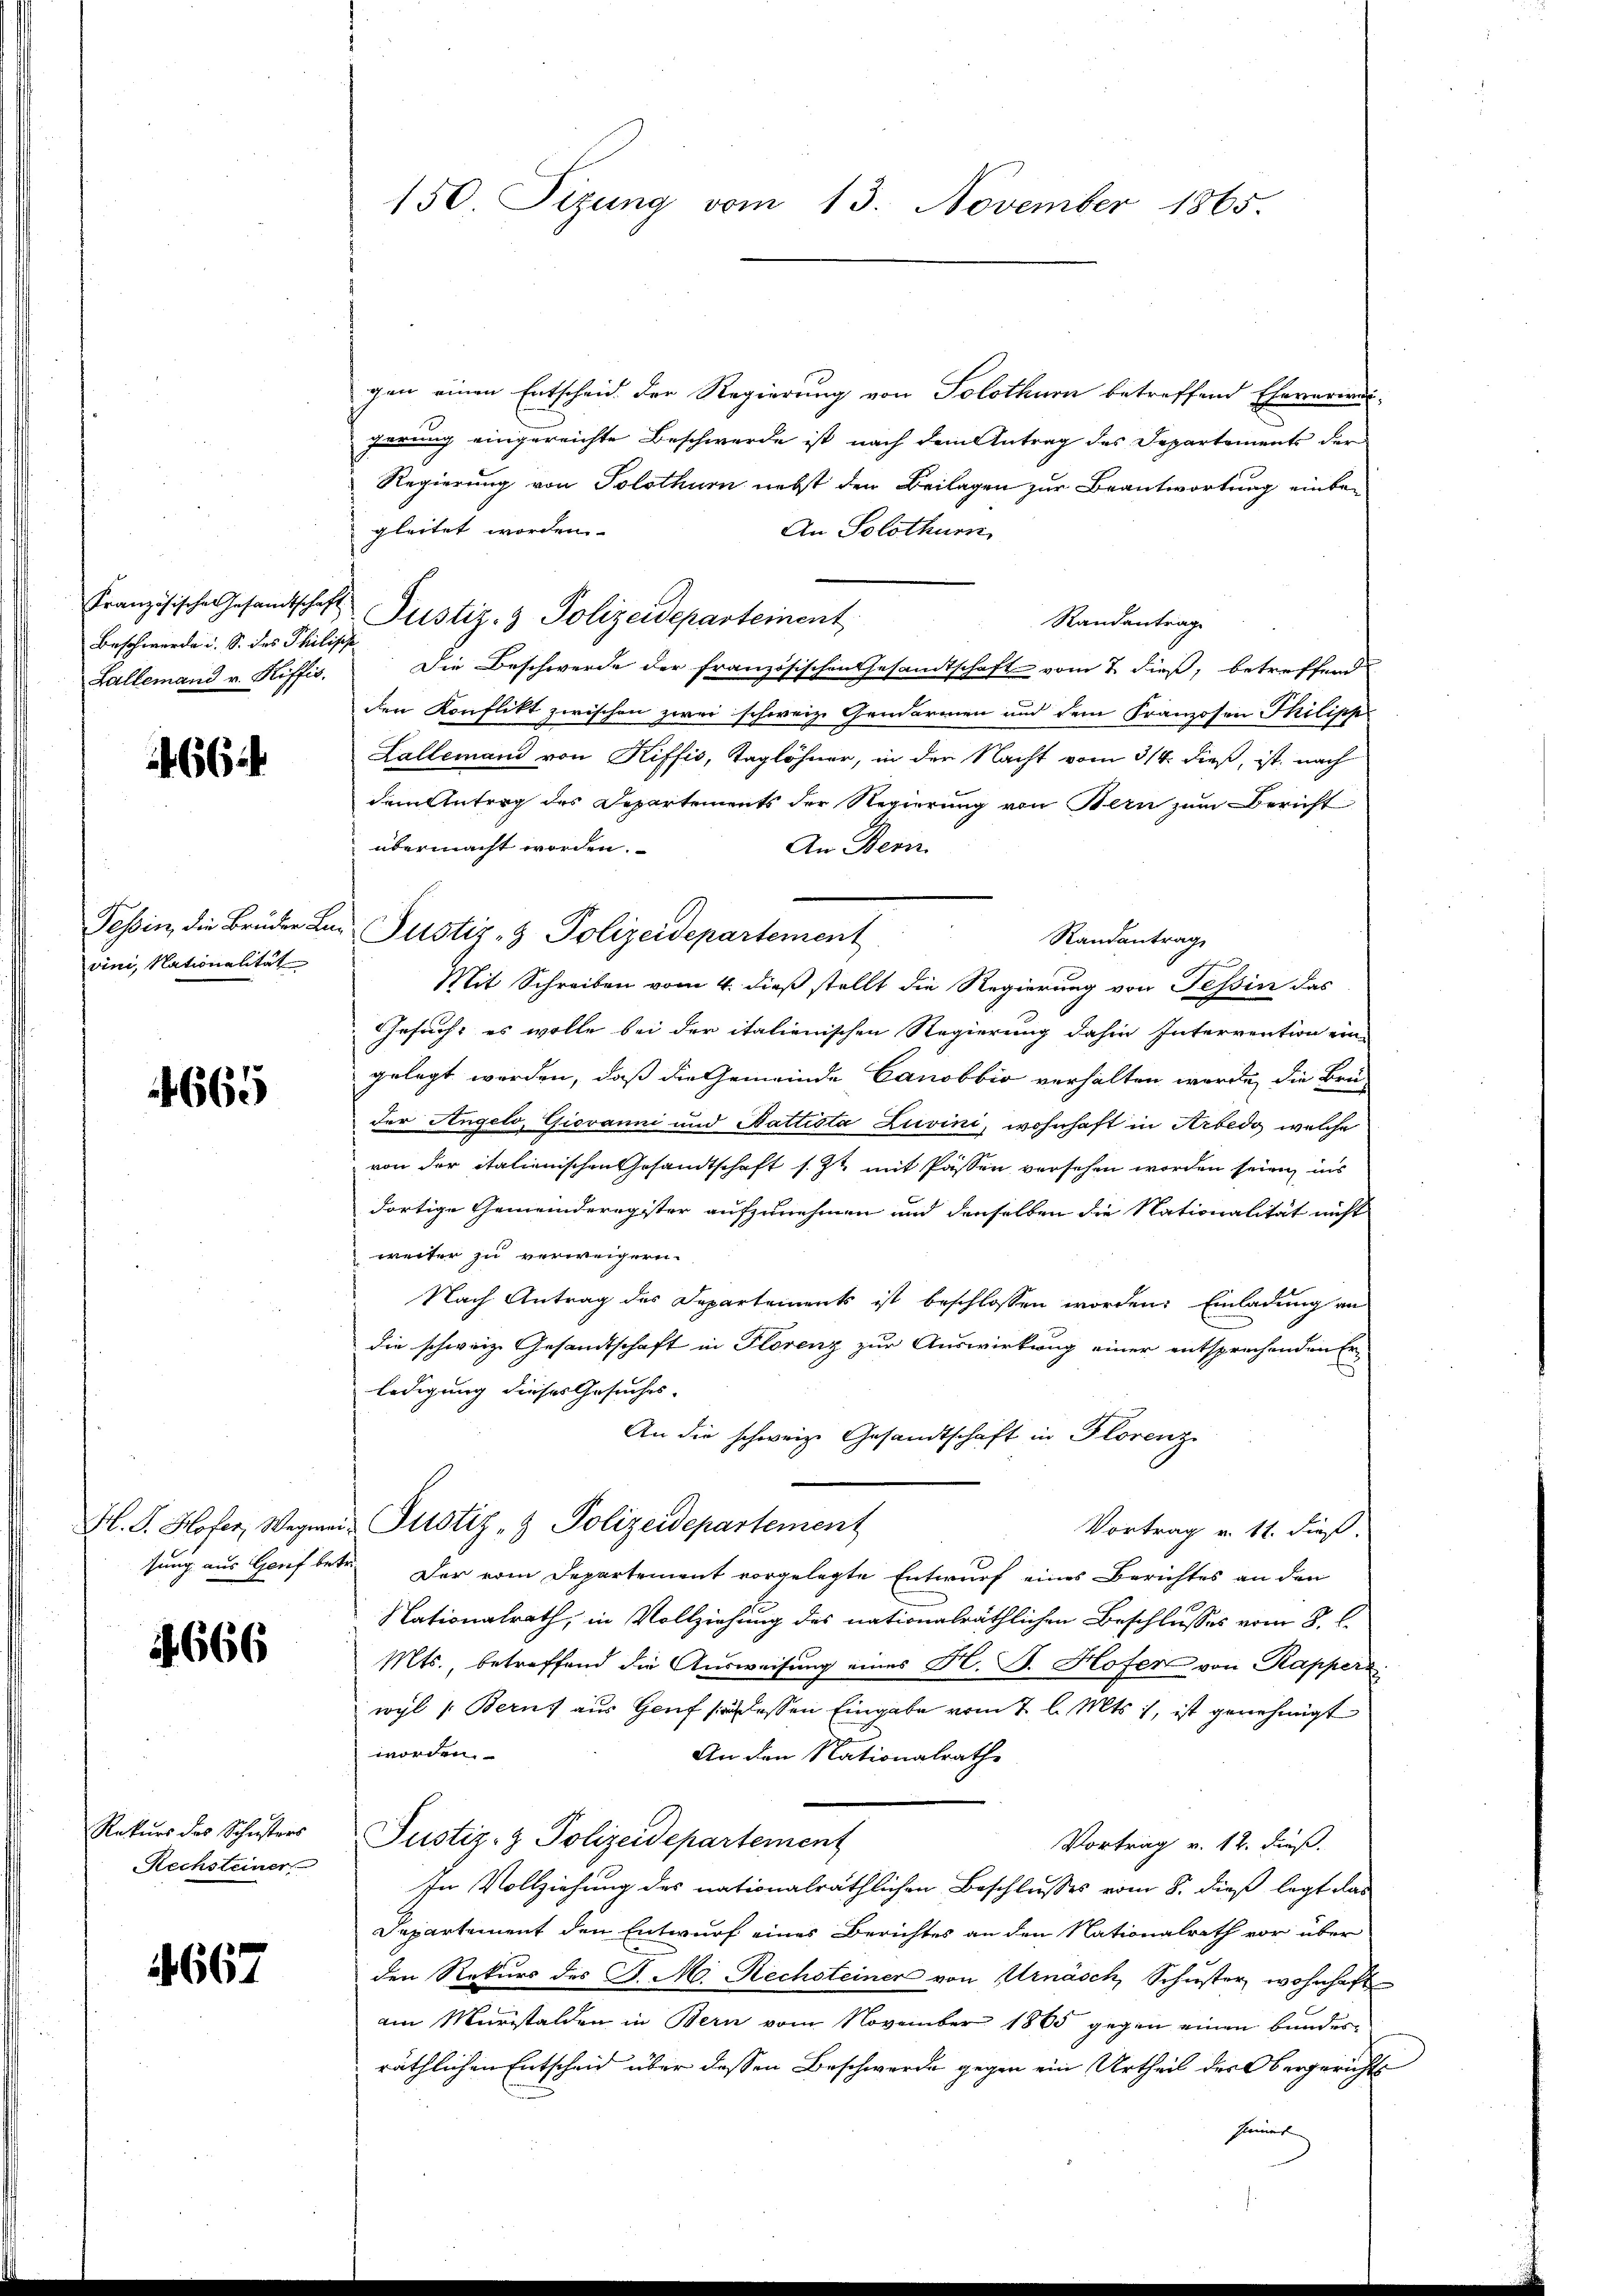
Beschwerde u. S. des Philische
Lallemand v. Riffis.

66

Tessin, die Bruder An
vini, Nationalität

665

sung aus Genf bes

666

Rekurs des Schusters
Rechsteiner

4667

gen einen Entscheid der Regierung von Solothurn betreffend Eheverwar-
gerung eingereichte Beschwerde ist nach dem Antrag des Departements der
Regierung von Solothurn nebst den Beilagen zur Beantwortung einbegleitet worden
An Solothurn
Französische Gesandtschaft Justiz- & Polizeidepartement
Randantrag
Die Beschwerde der französischen Gesandtschaft vom 2 dieß, betreffend
den Konflikt zwischen zwei schweiz. Gendarmen und dem Franzosen Philipp
Lallemand von Riffis, Taglöhner, in den Nacht vom 3/4. dieß, ist nach
dem Antrag des Departements der Regierung von Bern zum Bericht
übermacht worden.
An Bern.
Mit Schreiben vom 4. dieß stellt die Regierung von Tessin das
Gesuch, es wolle bei der italienischen Regierung dahin Intervention ein
gelegt worden, daß die Gemeinde Canobbio verhalten werde, die Brü-
der Angelo, Giovanni und Nattista Luvini, wohnhaft in Arbedo, welche
von der italienischen Gesandtschaft s. Zt. mit Passen versehen worden sein, ins
dortige Gemeinderegister aufzunehmen und denselben die Nationalität nicht
weiter zu verweigern.
Nach Antrag des Departements ist beschlossen worden. Einladung an
die schweiz. Gesandtschaft in Florenz zur Auswirkung einer entsprechenden Erledigung dieses Gesuches.
An die schweiz. Gesandtschaft in Florenze
H. S. Hofer, Wegmai- Ptistiz- & Polizeidepartement
Vortrag v. 11. dies
te. Der vom Departement vorgelegte Entwurf eines Berichtes an den
Nationalrath, in Vollziehung des nationalräthlichen Beschlusses vom 8. l.
Mts., betreffend die Ausweisung eines H. B. Hofer von Rapperz
wyl 1. Berns aus Genf schlassen Eingabe vom 2. l. Mts., ist genehmigt
worden.
An den Nationalrathe
Justiz- & Polizeidepartement
Vortrag v. 12. dieß.
In Vollziehung des nationalräthlichen Beschlusses vom 8. dieß legt das
Departement den Entwurf eines Berichtes an den Nationalrath vor über
den Rekurs des St. M. Rechsteiner von Urnasch, Schuster wohnhaft
am Muristalden in Bern vom November 1865 gegen einen bundes-
räthlichen Entscheid über dessen Beschwerde gegen ein Urtheil des Obergerichts

150. Sizung vom 13. November 1865.

Justiz- & Polizeidepartement

Randantrag